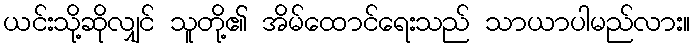
ယင်းသို့ဆိုလျှင် သူတို့၏ အိမ်ထောင်ရေးသည် သာယာပါမည်လား။